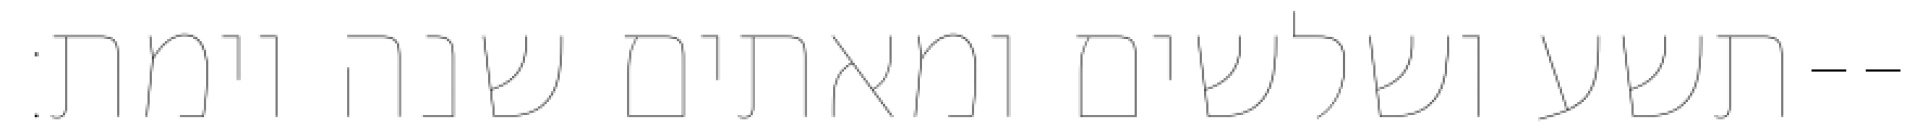
תשע ושלשים ומאתים שנה וימת׃--